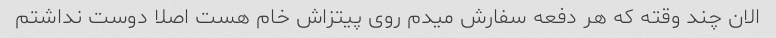
الان چند وقته که هر دفعه سفارش میدم روى پیتزاش خام هست اصلا دوست نداشتم